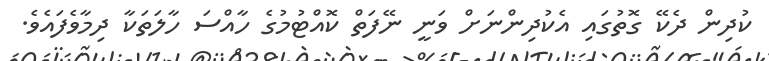
ކުދިން ދެކޭ ގޮތުގައި އެކުދިންނަށް ވަނީ ނޭފަތް ކޮއްޓުމުގެ ހާއްސަ ހާލަތަކާ ދިމާވެފައެވެ.